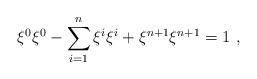
LaTeX: \begin{align*} \xi^0\xi^0-\sum_{i=1}^n\xi^i\xi^i+\xi^{n+1}\xi^{n+1}=1~,\end{align*}